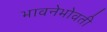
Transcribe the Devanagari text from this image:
भावनेभोवती